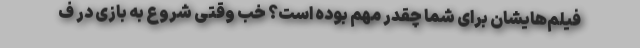
فیلم‌هایشان برای شما چقدر مهم بوده است؟ خب وقتی شروع به بازی در ف